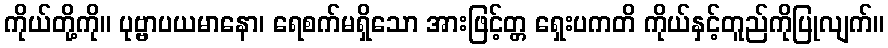
ကိုယ်တို့ကို။ ပုဗ္ဗာပယမာနော၊ ရေစက်မရှိသော အားဖြင့်တ္တ ရှေးပကတိ ကိုယ်နှင့်တူည်ကိုပြုလျက်။